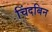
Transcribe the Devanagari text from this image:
चिंदबिन